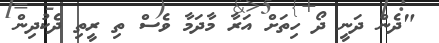
"ދެން ދަނީ ދޯ ހިތަށް އަރާ މާދަމާ ވެސް ތި ރީތި ދެކުދިން